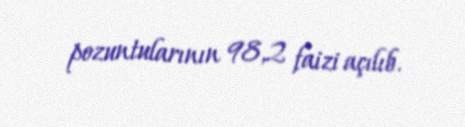
pozuntularının 98,2 faizi açılıb.